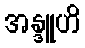
အန္ဒူဟိ